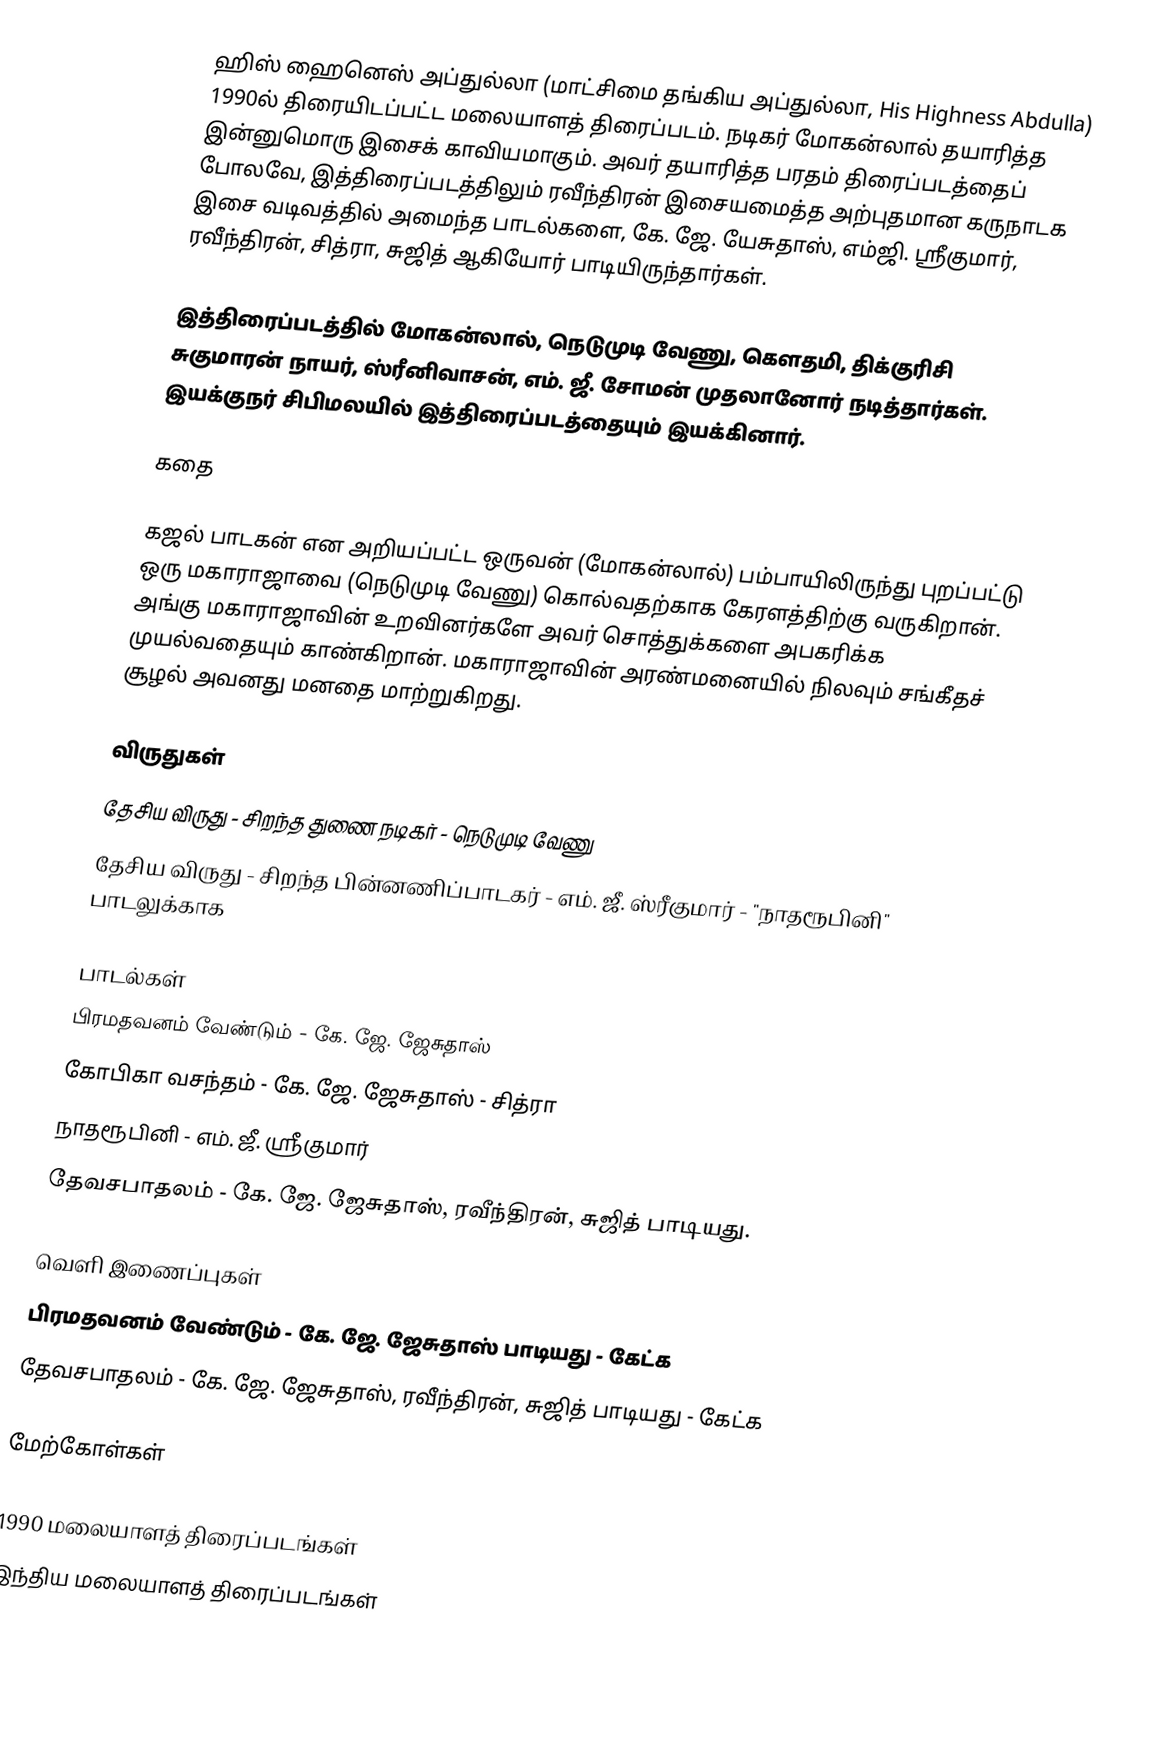
ஹிஸ் ஹைனெஸ் அப்துல்லா (மாட்சிமை தங்கிய அப்துல்லா, His Highness Abdulla) 1990ல் திரையிடப்பட்ட மலையாளத் திரைப்படம். நடிகர் மோகன்லால் தயாரித்த இன்னுமொரு இசைக் காவியமாகும். அவர் தயாரித்த பரதம் திரைப்படத்தைப் போலவே, இத்திரைப்படத்திலும் ரவீந்திரன் இசையமைத்த அற்புதமான கருநாடக இசை வடிவத்தில் அமைந்த பாடல்களை, கே. ஜே. யேசுதாஸ், எம்ஜி. ஸ்ரீகுமார், ரவீந்திரன், சித்ரா, சுஜித் ஆகியோர் பாடியிருந்தார்கள்.

இத்திரைப்படத்தில் மோகன்லால், நெடுமுடி வேணு, கௌதமி, திக்குரிசி சுகுமாரன் நாயர், ஸ்ரீனிவாசன், எம். ஜீ. சோமன் முதலானோர் நடித்தார்கள். இயக்குநர் சிபிமலயில் இத்திரைப்படத்தையும் இயக்கினார்.

கதை

கஜல் பாடகன் என அறியப்பட்ட ஒருவன் (மோகன்லால்) பம்பாயிலிருந்து புறப்பட்டு ஒரு மகாராஜாவை (நெடுமுடி வேணு) கொல்வதற்காக கேரளத்திற்கு வருகிறான். அங்கு மகாராஜாவின் உறவினர்களே அவர் சொத்துக்களை அபகரிக்க முயல்வதையும் காண்கிறான். மகாராஜாவின் அரண்மனையில் நிலவும் சங்கீதச் சூழல் அவனது மனதை மாற்றுகிறது.

விருதுகள்
 தேசிய விருது - சிறந்த துணை நடிகர் - நெடுமுடி வேணு
 தேசிய விருது - சிறந்த பின்னணிப்பாடகர் - எம். ஜீ. ஸ்ரீகுமார் - "நாதரூபினி" பாடலுக்காக

பாடல்கள்
 பிரமதவனம் வேண்டும் - கே. ஜே. ஜேசுதாஸ்
 கோபிகா வசந்தம் - கே. ஜே. ஜேசுதாஸ் - சித்ரா
 நாதரூபினி - எம். ஜீ. ஸ்ரீகுமார்
 தேவசபாதலம் - கே. ஜே. ஜேசுதாஸ், ரவீந்திரன், சுஜித் பாடியது.

வெளி இணைப்புகள்
  பிரமதவனம் வேண்டும் - கே. ஜே. ஜேசுதாஸ் பாடியது - கேட்க
 தேவசபாதலம் - கே. ஜே. ஜேசுதாஸ், ரவீந்திரன், சுஜித் பாடியது - கேட்க

மேற்கோள்கள்

1990 மலையாளத் திரைப்படங்கள்
இந்திய மலையாளத் திரைப்படங்கள்